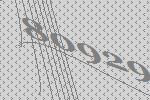
80929